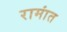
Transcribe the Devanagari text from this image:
रामांत